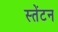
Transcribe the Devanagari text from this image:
स्तेंटन